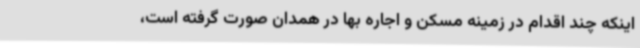
اینکه چند اقدام در زمینه مسکن و اجاره بها در همدان صورت گرفته است،